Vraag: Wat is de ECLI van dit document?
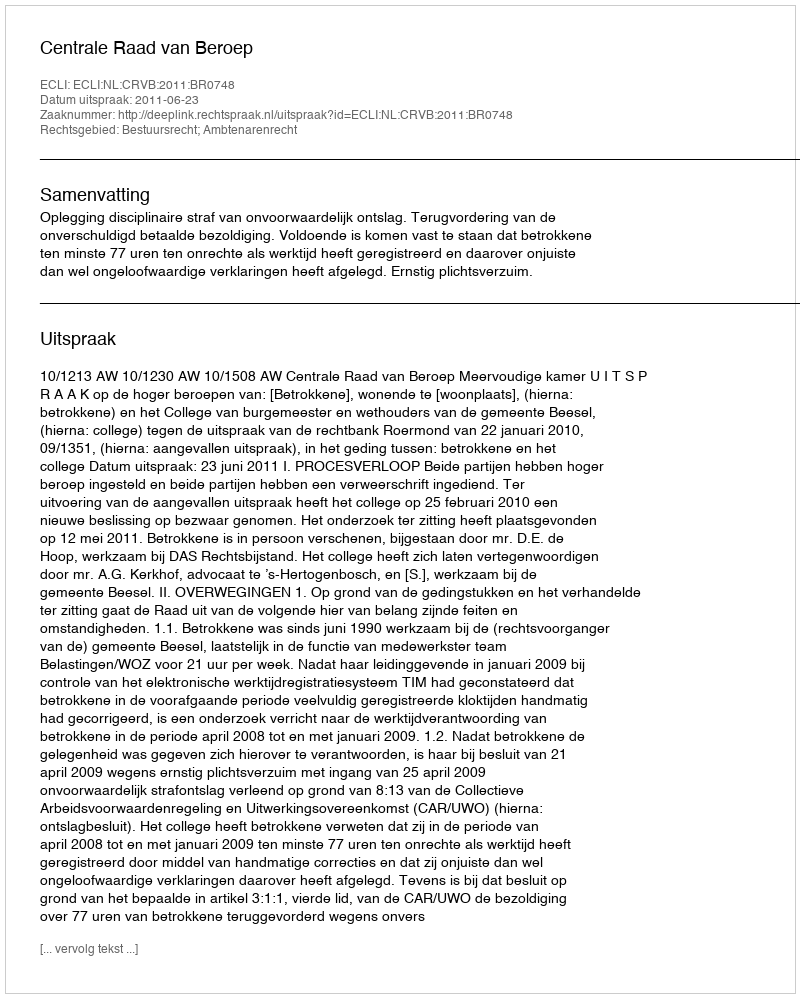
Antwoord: ECLI:NL:CRVB:2011:BR0748